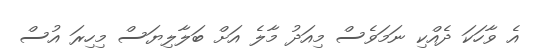
އެ ވާހަކަ ދެއްކި ނަމަވެސް މިއަދު މާލެ އަށް ބަލާލިޔަސް މިހިރަ އުސް